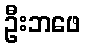
ဦးဘဖေ